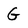
Character: G